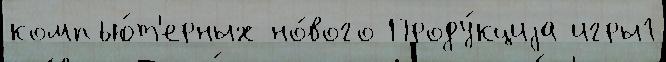
компью́т'ерных но́вого Проду́кциjа игры1